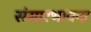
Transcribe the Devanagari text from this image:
संसारभावना